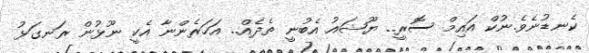
ކެނޑުނެވެ.ނުކް އައިމް ސޮރީ.. ޔޫޝައު އެބުނީ ތެދެއް.. އަހަރެންނާ އެކީ ނޫޅުން ރަނގަޅު